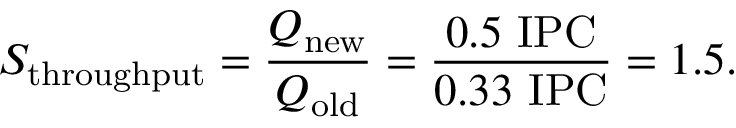
S _ { \mathrm { t h r o u g h p u t } } = { \frac { Q _ { \mathrm { n e w } } } { Q _ { \mathrm { o l d } } } } = { \frac { 0 . 5 ~ { \mathrm { I P C } } } { 0 . 3 3 ~ { \mathrm { I P C } } } } = 1 . 5 .